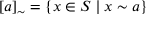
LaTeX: [ a ] _ { \sim } = \{ x \in S \mid x \sim a \}